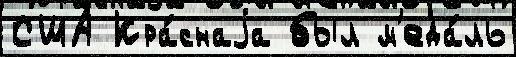
США Кра́снаjа был м'еда́ль